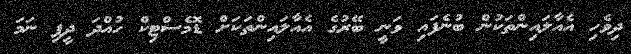
ދިވެހި އެއާލައިންތަކުން ބުނެފައި ވަނީ ބޭރުގެ އެއާލައިންތަކަށް ޑޮމެސްޓިކް ހުއްދަ ދީފި ނަމަ